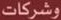
وشركات